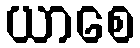
ယာစေ